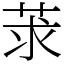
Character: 莍